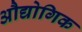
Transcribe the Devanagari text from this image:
अौद्योगिक